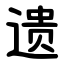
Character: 遗